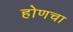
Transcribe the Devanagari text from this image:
होणचा